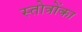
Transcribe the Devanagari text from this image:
स्तोत्रोंका